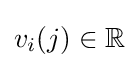
v_{i}(j)\in \mathbb {R}